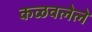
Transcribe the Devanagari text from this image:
कळवलेले